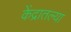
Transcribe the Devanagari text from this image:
केंद्रातल्या